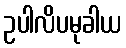
ဥပါလိပမုခါယ